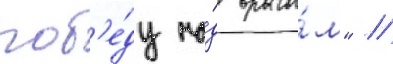
поб'е́ду на́д враго́м" //